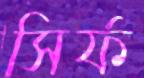
সির্ফ